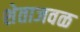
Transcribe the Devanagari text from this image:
शेताजवळ